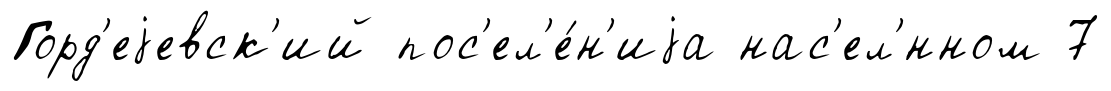
Горд'еjевск'ий пос'ел'е́н'иjа нас'ел'́нном 7